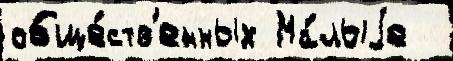
обще́ств'енных Ма́лыjе